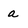
Character: a